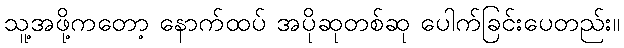
သူ့အဖို့ကတော့ နောက်ထပ် အပိုဆုတစ်ဆု ပေါက်ခြင်းပေတည်း။